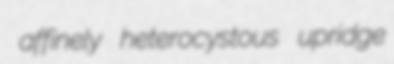
affinely heterocystous upridge